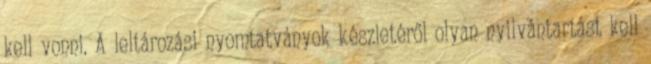
kell vonni. A leltározási nyomtatványok készletéről olyan nyilvántartást kell